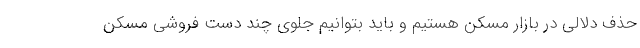
حذف دلالی در بازار مسکن هستیم و باید بتوانیم جلوی چند دست فروشی مسکن